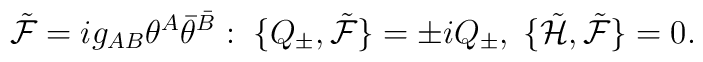
{\tilde {\cal F}}=ig_{AB}\theta^A{\bar\theta}^{\bar B}:\; \{Q_\pm, {\tilde{\cal F}}\}=\pm i Q_\pm, \;\{{\tilde{\cal H}}, {\tilde{\cal F}}\}=0.